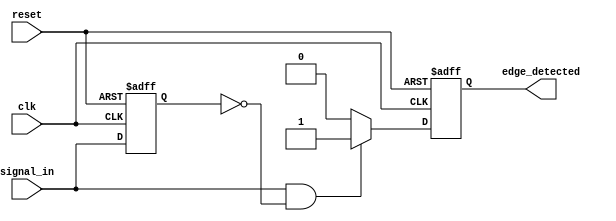
module edge_detector (
    input wire clk,          // Clock signal
    input wire reset,        // Asynchronous reset signal
    input wire signal_in,    // Input signal to detect rising edge
    output reg edge_detected  // Output pulse for edge detection
);

    reg signal_in_prev;      // Register to hold the previous state of signal_in

    // Asynchronous reset and edge detection logic
    always @(posedge clk or posedge reset) begin
        if (reset) begin
            signal_in_prev <= 1'b0; // Reset previous state to low
            edge_detected <= 1'b0;   // Reset edge detected output
        end else begin
            // Edge detection logic
            if (signal_in == 1'b1 && signal_in_prev == 1'b0) begin
                edge_detected <= 1'b1; // Rising edge detected
            end else begin
                edge_detected <= 1'b0;  // No edge detected
            end
            
            // Update previous state
            signal_in_prev <= signal_in;
        end
    end

endmodule